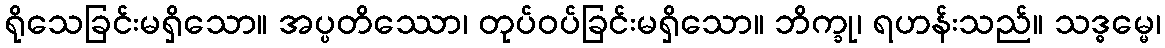
ရိုသေခြင်းမရှိသော။ အပ္ပတိဿော၊ တုပ်ဝပ်ခြင်းမရှိသော။ ဘိက္ခု၊ ရဟန်းသည်။ သဒ္ဓမ္မေ၊